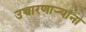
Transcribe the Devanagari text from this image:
उच्चारणार्‍यांना